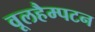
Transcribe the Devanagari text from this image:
वूलहैम्पटन